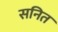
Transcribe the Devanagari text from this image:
सनित